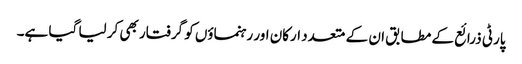
پارٹی ذرائع کے مطابق ان کے متعدد ارکان اور رہنماؤں کو گرفتار بھی کر لیا گیا ہے۔